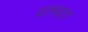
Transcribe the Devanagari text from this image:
वाष्पता